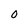
Character: 0